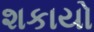
શકાયો